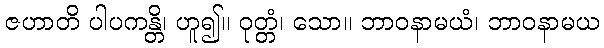
ဇဟာတိ ပါပကန္တိ၊ ဟူ၍။ ဝုတ္တံ၊ သော။ ဘာဝနာမယံ၊ ဘာဝနာမယ